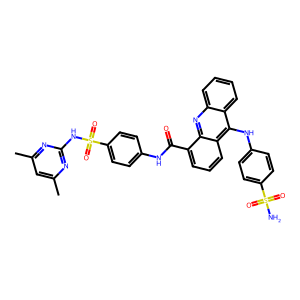
SMILES: Cc1cc(C)nc(NS(=O)(=O)c2ccc(NC(=O)c3cccc4c(Nc5ccc(S(N)(=O)=O)cc5)c5ccccc5nc34)cc2)n1
Inhibits HIV replication: No